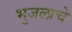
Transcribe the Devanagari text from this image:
भुजलाचे